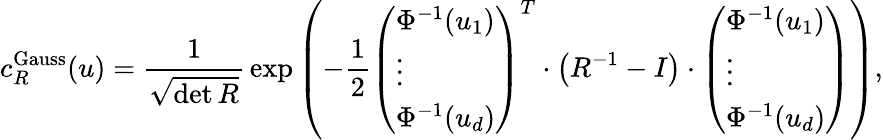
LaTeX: c_{R}^{\mathrm{Gauss}}(u)={\frac{1}{\sqrt{\operatorname*{det}{R}}}}\exp\left(-{\frac{1}{2}}{\left(\begin{array}{l}{\Phi^{-1}(u_{1})}\\ {\vdots}\\ {\Phi^{-1}(u_{d})}\end{array}\right)}^{T}\cdot\left(R^{-1}-I\right)\cdot{\left(\begin{array}{l}{\Phi^{-1}(u_{1})}\\ {\vdots}\\ {\Phi^{-1}(u_{d})}\end{array}\right)}\right),